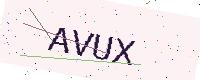
Text: AVUX